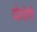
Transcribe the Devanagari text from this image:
योयोगी